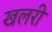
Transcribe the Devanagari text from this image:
खलरी